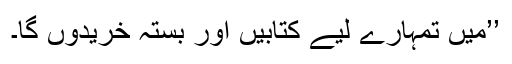
’’مَیں تمہارے لیے کتابیں اور بستہ خریدوں گا۔